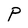
Character: P